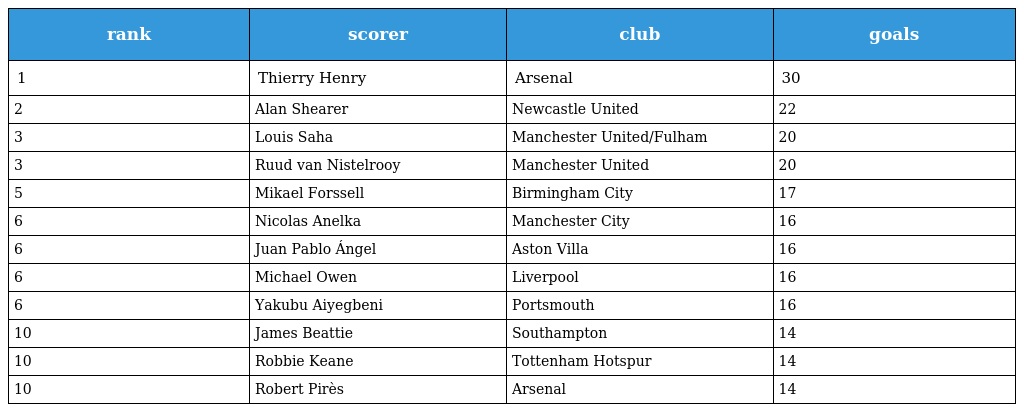
| rank | scorer | club | goals |
 | --- | --- | --- | --- |
 | 1 | Thierry Henry | Arsenal | 30 |
 | 2 | Alan Shearer | Newcastle United | 22 |
 | 3 | Louis Saha | Manchester United/Fulham | 20 |
 | 3 | Ruud van Nistelrooy | Manchester United | 20 |
 | 5 | Mikael Forssell | Birmingham City | 17 |
 | 6 | Nicolas Anelka | Manchester City | 16 |
 | 6 | Juan Pablo Ángel | Aston Villa | 16 |
 | 6 | Michael Owen | Liverpool | 16 |
 | 6 | Yakubu Aiyegbeni | Portsmouth | 16 |
 | 10 | James Beattie | Southampton | 14 |
 | 10 | Robbie Keane | Tottenham Hotspur | 14 |
 | 10 | Robert Pirès | Arsenal | 14 |